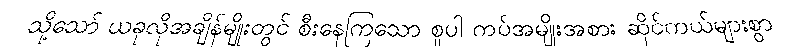
သို့သော် ယခုလိုအချိန်မျိုးတွင် စီးနေကြသော စူပါ ကပ်အမျိုးအစား ဆိုင်ကယ်များစွာ